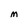
Character: M